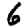
Digit: 6